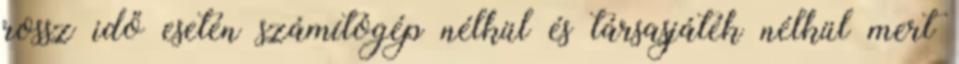
rossz idő esetén számítógép nélkül és társasjáték nélkül mert